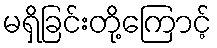
မရှိခြင်းတို့ကြောင့်